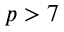
p > 7